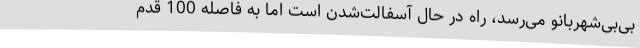
بی‌بی‌شهربانو می‌رسد، راه در حال آسفالت‌شدن است اما به فاصله 100 قدم